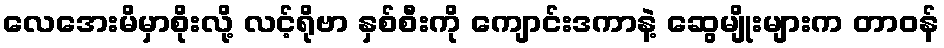
လေအေးမိမှာစိုးလို့ လင့်ရိုဗာ နှစ်စီးကို ကျောင်းဒကာနဲ့ ဆွေမျိုးများက တာဝန်